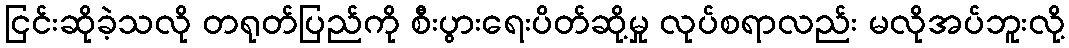
ငြင်းဆိုခဲ့သလို တရုတ်ပြည်ကို စီးပွားရေးပိတ်ဆို့မှု လုပ်စရာလည်း မလိုအပ်ဘူးလို့